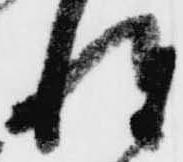
伜